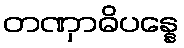
တဏှာဓိပန္နေ